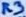
Text: R3